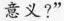
意义？”